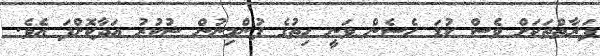
ފަރާތްތަކަށް ވެސް ކުޑަ ހެސެން ވަނީ ހިތުގެ ފުންމިނުން ޝުކުރު އަދާކޮށްފަ އެވެ.